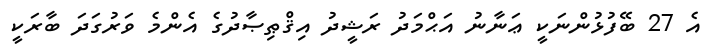
އެ 27 ބޭފުޅުންނަކީ ޢަނާނު އަޙްމަދު ރަޝީދު އިޤްޠިޞާދުގެ އެންމެ ވަރުގަދަ ބާރަކީ